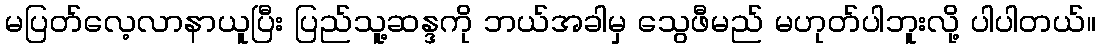
မပြတ်လေ့လာနာယူပြီး ပြည်သူ့ဆန္ဒကို ဘယ်အခါမှ သွေဖီမည် မဟုတ်ပါဘူးလို့ ပါပါတယ်။